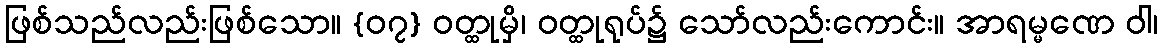
ဖြစ်သည်လည်းဖြစ်သော။ {၀၇} ဝတ္ထုမှိ၊ ဝတ္ထုရုပ်၌ သော်လည်းကောင်း။ အာရမ္မဏေ ဝါ၊